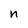
Character: n